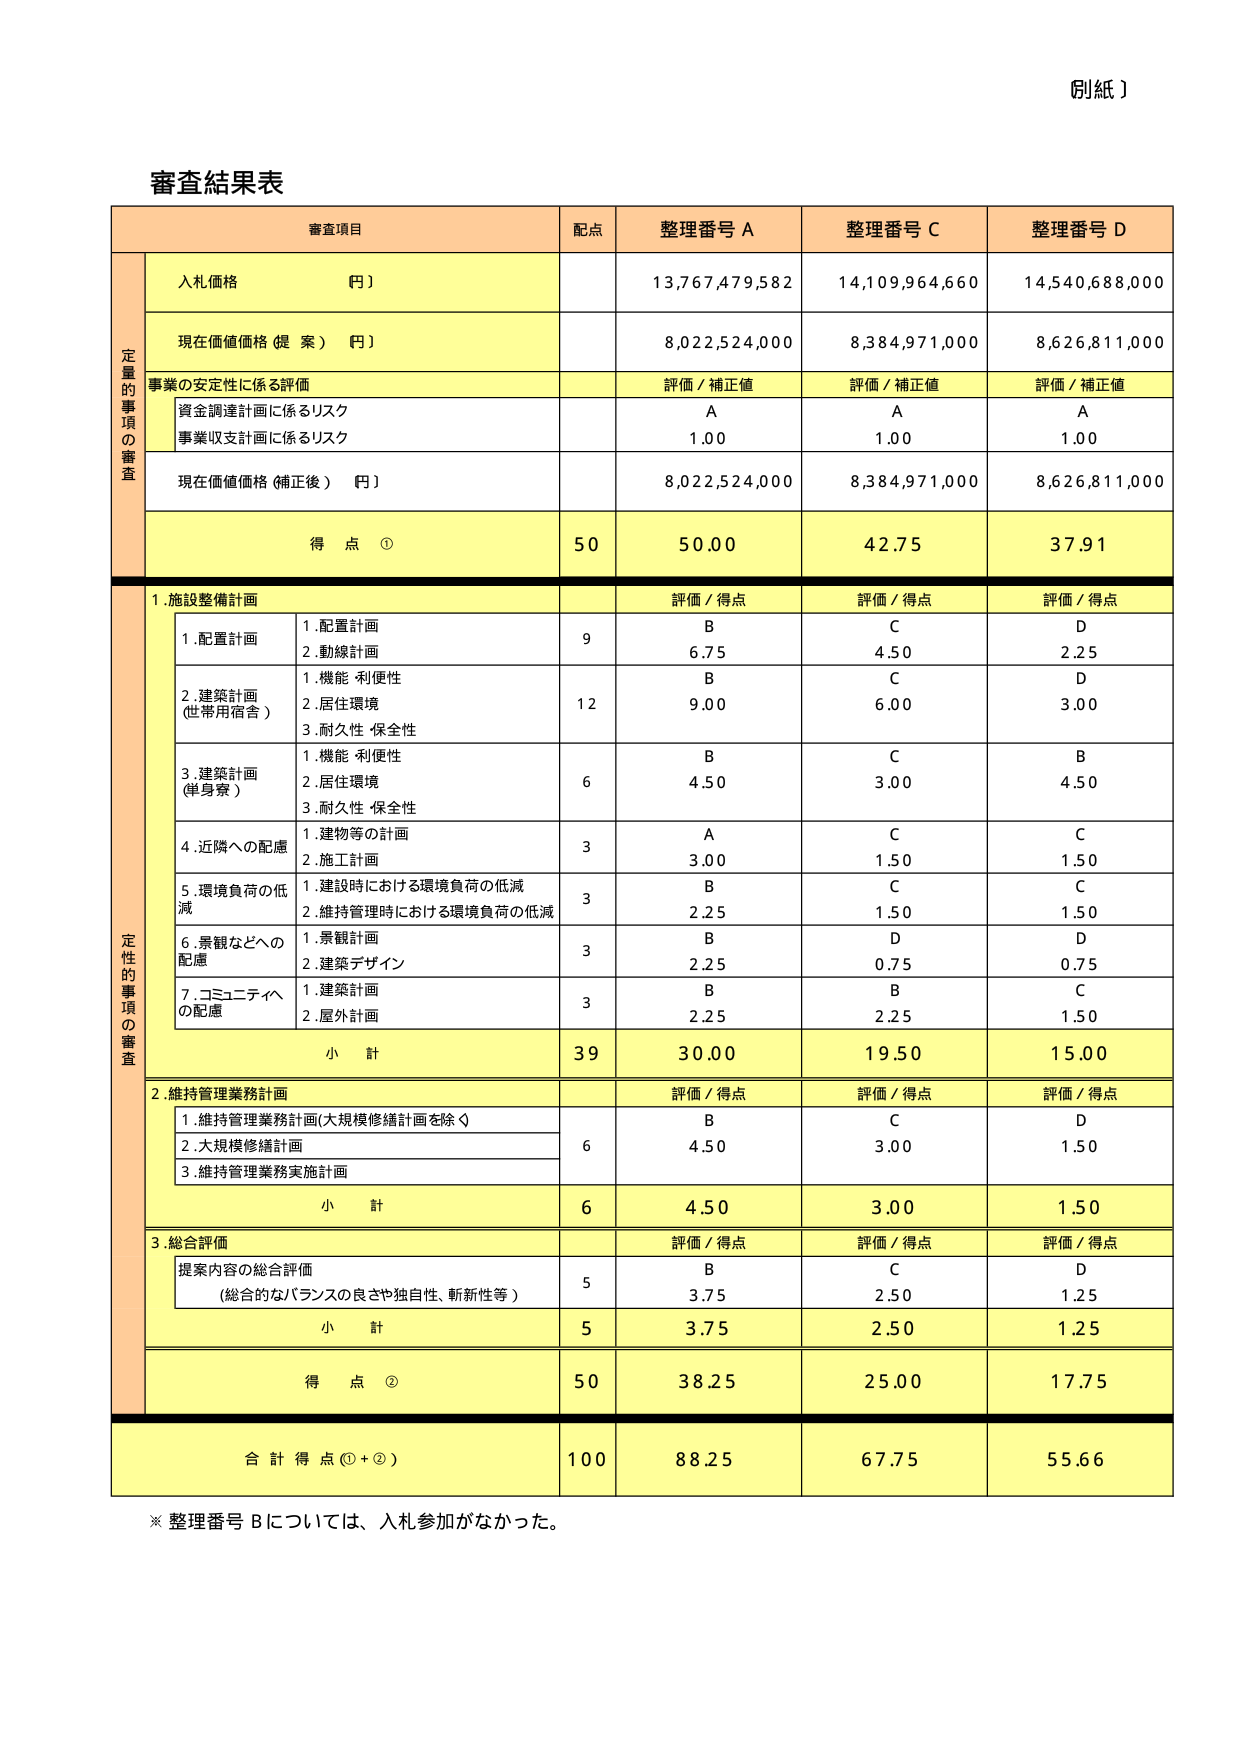
【別紙】

審査結果表

審査項目 配点 整理番号 A 整理番号 C 整理番号 D

定量的事項の審査
入札価格（円） 13,767,479,582 14,109,964,660 14,540,688,000
現在価値価格（提案）（円） 8,022,524,000 8,384,971,000 8,626,811,000
事業の安定性に係る評価 評価／補正値 評価／補正値 評価／補正値
　資金調達計画に係るリスク A A A
　事業収支計画に係るリスク 1.00 1.00 1.00
現在価値価格（補正後）（円） 8,022,524,000 8,384,971,000 8,626,811,000
得点① 50 50.00 42.75 37.91

定性的事項の審査
1.施設整備計画 評価／得点 評価／得点 評価／得点
　1.配置計画 1.配置計画 9 B C D
　　　　　　　2.動線計画 6.75 4.50 2.25
　2.建築計画（世帯用宿舎） 1.機能・利便性 12 B C D
　　　　　　　2.居住環境 9.00 6.00 3.00
　　　　　　　3.耐久性・保全性
　3.建築計画（単身寮） 1.機能・利便性 6 B C B
　　　　　　　2.居住環境 4.50 3.00 4.50
　　　　　　　3.耐久性・保全性
　4.近隣への配慮 1.建物等の計画 3 A C C
　　　　　　　2.施工計画 3.00 1.50 1.50
　5.環境負荷の低減 1.建設時における環境負荷の低減 3 B C C
　　　　　　　2.維持管理時における環境負荷の低減 2.25 1.50 1.50
　6.景観などへの配慮 1.景観計画 3 B D D
　　　　　　　2.建築デザイン 2.25 0.75 0.75
　7.コミュニティへの配慮 1.建築計画 3 B B C
　　　　　　　2.屋外計画 2.25 2.25 1.50
小計 39 30.00 19.50 15.00

2.維持管理業務計画 評価／得点 評価／得点 評価／得点
　1.維持管理業務計画（大規模修繕計画を除く） B C D
　2.大規模修繕計画 6 4.50 3.00 1.50
　3.維持管理業務実施計画
小計 6 4.50 3.00 1.50

3.総合評価 評価／得点 評価／得点 評価／得点
　提案内容の総合評価 5 B C D
　　（総合的なバランスの良さや独自性、斬新性等） 3.75 2.50 1.25
小計 5 3.75 2.50 1.25
得点② 50 38.25 25.00 17.75

合計得点（①＋②） 100 88.25 67.75 55.66

※整理番号Bについては、入札参加がなかった。